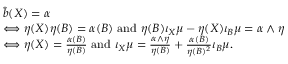
\begin{array} { r l } & { \hat { b } ( X ) = \alpha } \\ & { \Longleftrightarrow \eta ( X ) \eta ( B ) = \alpha ( B ) \mathrm { ~ a n d ~ } \eta ( B ) \iota _ { X } \mu - \eta ( X ) \iota _ { B } \mu = \alpha \wedge \eta } \\ & { \Longleftrightarrow \eta ( X ) = \frac { \alpha ( B ) } { \eta ( B ) } \mathrm { ~ a n d ~ } \iota _ { X } \mu = \frac { \alpha \wedge \eta } { \eta ( B ) } + \frac { \alpha ( B ) } { \eta ( B ) ^ { 2 } } \iota _ { B } \mu . } \end{array}